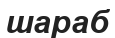
шараб